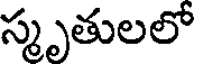
స్మృతులలో